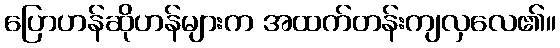
ပြောဟန်ဆိုဟန်များက အထက်တန်းကျလှလေ၏။